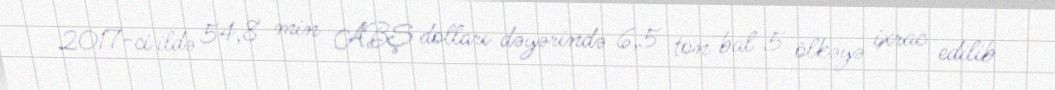
2017-ci ildə 54,8 min ABŞ dolları dəyərində 6,5 ton bal 5 ölkəyə ixrac edilib